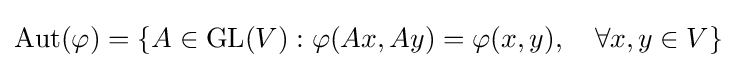
\mathrm {Aut} (\varphi )=\{A\in \mathrm {GL} (V):\varphi (Ax,Ay)=\varphi (x,y),\quad \forall x,y\in V\}